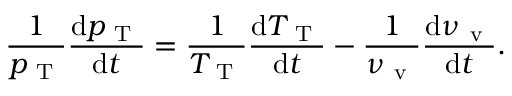
\frac { 1 } { p _ { \mathrm { ~ T ~ } } } \frac { \mathrm { d } p _ { \mathrm { ~ T ~ } } } { \mathrm { d } t } = \frac { 1 } { T _ { \mathrm { ~ T ~ } } } \frac { \mathrm { d } T _ { \mathrm { ~ T ~ } } } { \mathrm { d } t } - \frac { 1 } { \nu _ { \mathrm { ~ v ~ } } } \frac { \mathrm { d } \nu _ { \mathrm { ~ v ~ } } } { \mathrm { d } t } .